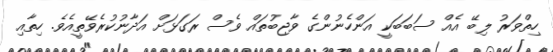
ހިތްވަރު ލިބޭ އެއް ސަބަބަކީ އަންހެނުންގެ ވާޖިބުތައް ވެސް ރަގަޅަށް އަދާނުކުރެވޭތީއެވެ. ހިތާއި